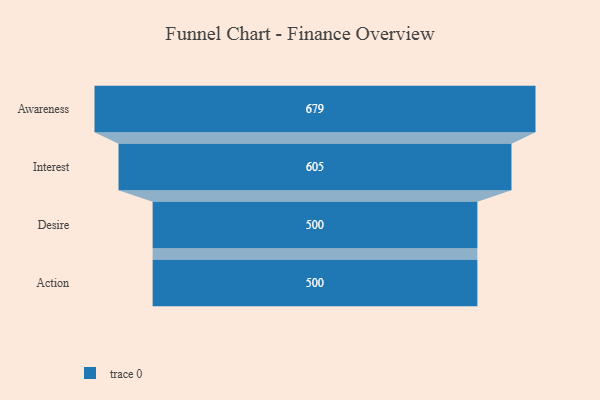
{"axis": {"x": "Stage", "y": "Value"}, "legend": [""], "data": [{"x": "Awareness", "y": 679.0, "type": ""}, {"x": "Interest", "y": 605.0, "type": ""}, {"x": "Desire", "y": 500, "type": ""}, {"x": "Action", "y": 500, "type": ""}]}